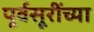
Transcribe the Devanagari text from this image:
पूर्वसूरींच्या